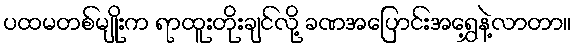
ပထမတစ်မျိုးက ရာထူးတိုးချင်လို့ ခဏအပြောင်းအရွှေ့နဲ့လာတာ။